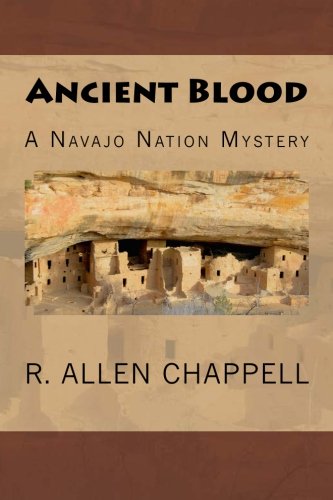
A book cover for Ancient Blood: A Navajo Nation Mystery (Volume 3); R. Allen Chappell; Literature & Fiction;